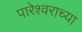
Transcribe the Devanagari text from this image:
पारेश्वराच्या